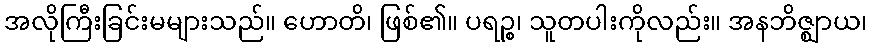
အလိုကြီးခြင်းမများသည်။ ဟောတိ၊ ဖြစ်၏။ ပရဉ္စ၊ သူတပါးကိုလည်း။ အနဘိဇ္ဈာယ၊